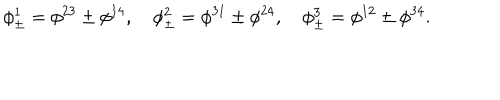
LaTeX: \phi _ { \pm } ^ { 1 } = \phi ^ { 2 3 } \pm \phi ^ { 1 4 } , \quad \phi _ { \pm } ^ { 2 } = \phi ^ { 3 1 } \pm \phi ^ { 2 4 } , \quad \phi _ { \pm } ^ { 3 } = \phi ^ { 1 2 } \pm \phi ^ { 3 4 } .